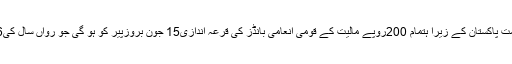
2015ء) سنٹرل ڈائریکٹوریٹ آف نیشنل سیونگز حکومت پاکستان کے زیرا ہتمام 200روپے مالیت کے قومی انعامی بانڈز کی قرعہ اندازی15 جون بروزپیر کو ہو گی جو رواں سال کی16 ویں اور مجموعی طور پر62ویں قرعہ اندازی ہے۔